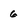
Character: 6